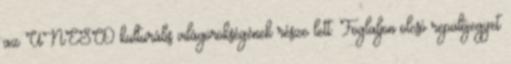
az UNESCO kulturális világörökségének része lett. Foglaljon olcsó repülőjegyet